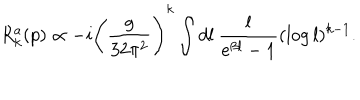
R _ { k } ^ { a } ( p ) \propto - i \Bigg ( \frac { g } { 3 2 \pi ^ { 2 } } \Bigg ) ^ { k } \int d l \: \frac { l } { e ^ { \beta l } - 1 } ( \log l ) ^ { k - 1 } .